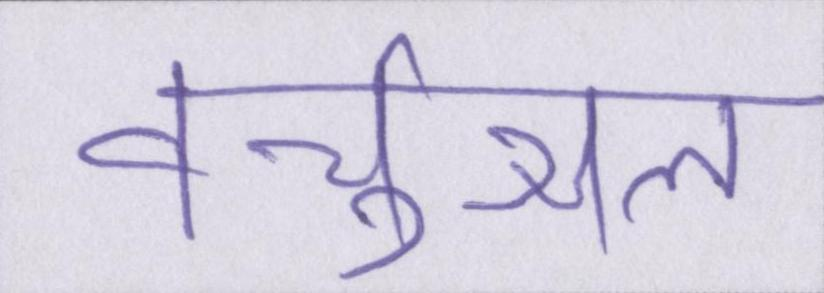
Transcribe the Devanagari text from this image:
वर्चुअल